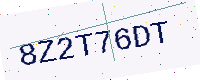
Text: 8Z2T76DT